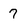
Character: 7